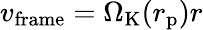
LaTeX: v_{\mathrm{frame}}=\Omega_{\mathrm{K}}(r_{\mathrm{p}})r